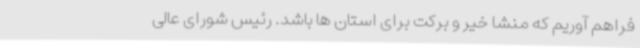
فراهم آوریم که منشا خیر و برکت برای استان ها باشد. رئیس شورای عالی